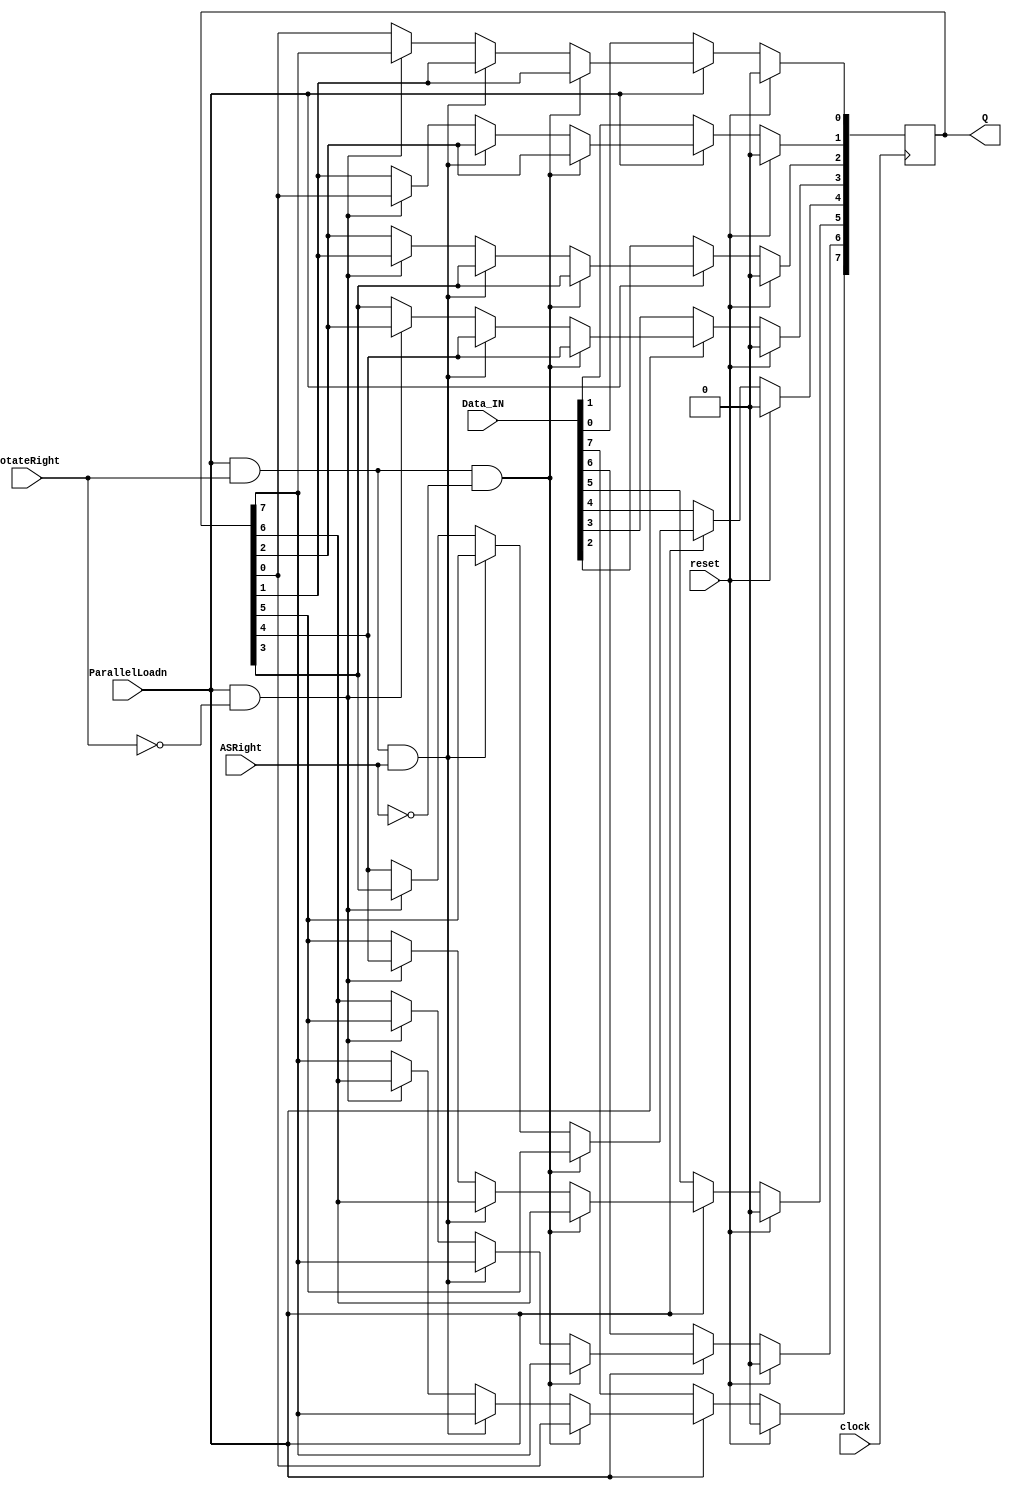
module part3(clock, reset, ParallelLoadn, RotateRight, ASRight, Data_IN, Q);

	input clock, reset, ParallelLoadn, RotateRight, ASRight;
	input [7:0] Data_IN;
	output reg [7:0] Q;
	
	always @(posedge clock) begin
	
		if(reset)
			Q <= 0;
		else if(!ParallelLoadn)
			Q <= Data_IN;
		else if(ParallelLoadn && RotateRight && !ASRight) begin
			Q[0] <= Q[1];
			Q[1] <= Q[2];
			Q[2] <= Q[3];
			Q[3] <= Q[4];
			Q[4] <= Q[5];
			Q[5] <= Q[6];
			Q[6] <= Q[7];
			Q[7] <= Q[0];
		end else if(ParallelLoadn && RotateRight && ASRight) begin
			Q[0] <= Q[1];
			Q[1] <= Q[2];
			Q[2] <= Q[3];
			Q[3] <= Q[4];
			Q[4] <= Q[5];
			Q[5] <= Q[6];
			Q[6] <= Q[7];
		end else if(ParallelLoadn && !RotateRight) begin
			Q[1] <= Q[0];
			Q[2] <= Q[1];
			Q[3] <= Q[2];
			Q[4] <= Q[3];
			Q[5] <= Q[4];
			Q[6] <= Q[5];
			Q[7] <= Q[6];
			Q[0] <= Q[7];
		end	
	end	
endmodule